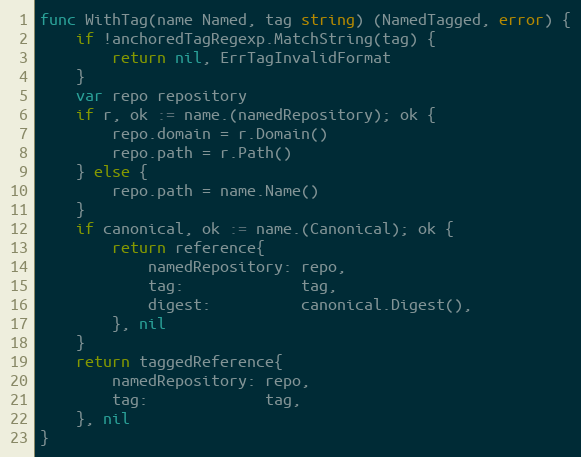
Language: Go
func WithTag(name Named, tag string) (NamedTagged, error) {
	if !anchoredTagRegexp.MatchString(tag) {
		return nil, ErrTagInvalidFormat
	}
	var repo repository
	if r, ok := name.(namedRepository); ok {
		repo.domain = r.Domain()
		repo.path = r.Path()
	} else {
		repo.path = name.Name()
	}
	if canonical, ok := name.(Canonical); ok {
		return reference{
			namedRepository: repo,
			tag:             tag,
			digest:          canonical.Digest(),
		}, nil
	}
	return taggedReference{
		namedRepository: repo,
		tag:             tag,
	}, nil
}